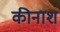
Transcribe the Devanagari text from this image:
कीनाश